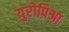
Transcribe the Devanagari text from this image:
युरोपिआ